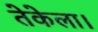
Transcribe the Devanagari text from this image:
तेकेला।